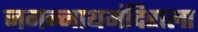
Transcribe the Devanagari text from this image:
जगन्नाथमंदिराला